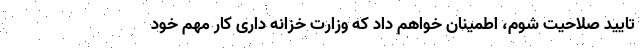
تایید صلاحیت شوم، اطمینان خواهم داد که وزارت خزانه داری کار مهم خود